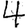
Digit: 4